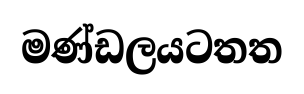
මණ්ඩලයටතත